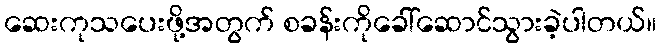
ဆေးကုသပေးဖို့အတွက် စခန်းကိုခေါ်ဆောင်သွားခဲ့ပါတယ်။